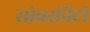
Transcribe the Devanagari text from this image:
सोवरनिटी